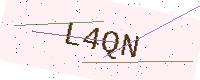
Text: L4QN